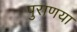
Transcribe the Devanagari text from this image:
पुराणया